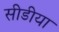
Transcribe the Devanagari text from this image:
सीडीया